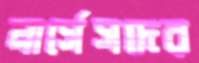
নার্সেসদের